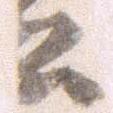
書